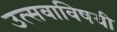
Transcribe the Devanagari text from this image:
उत्सवाविषयी